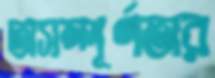
অসম্পূর্ণতার